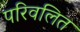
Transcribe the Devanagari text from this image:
परिवलित